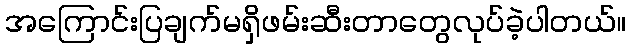
အကြောင်းပြချက်မရှိဖမ်းဆီးတာတွေလုပ်ခဲ့ပါတယ်။